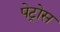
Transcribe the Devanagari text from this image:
पेट्रोस